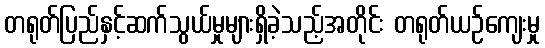
တရုတ်ပြည်နှင့်ဆက်သွယ်မှုများရှိခဲ့သည့်အတိုင်း တရုတ်ယဉ်ကျေးမှု